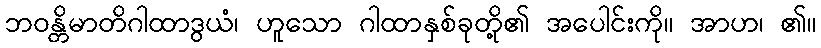
ဘဝန္တိမာတိဂါထာဒွယံ၊ ဟူသော ဂါထာနှစ်ခုတို့၏ အပေါင်းကို။ အာဟ၊ ၏။